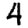
Digit: 4